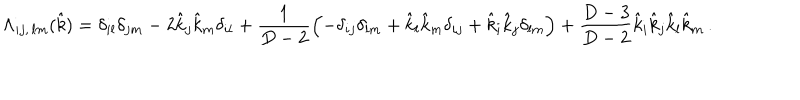
\Lambda _ { i j , \, l m } ( \hat { k } ) = \delta _ { i l } \delta _ { j m } - 2 \hat { k } _ { j } \hat { k } _ { m } \delta _ { i l } + \frac { 1 } { D - 2 } \left( - \delta _ { i j } \delta _ { l m } + \hat { k } _ { l } \hat { k } _ { m } \delta _ { i j } + \hat { k } _ { i } \hat { k } _ { j } \delta _ { l m } \right) + \frac { D - 3 } { D - 2 } \hat { k } _ { i } \hat { k } _ { j } \hat { k } _ { l } \hat { k } _ { m } \, .